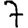
Digit: 7